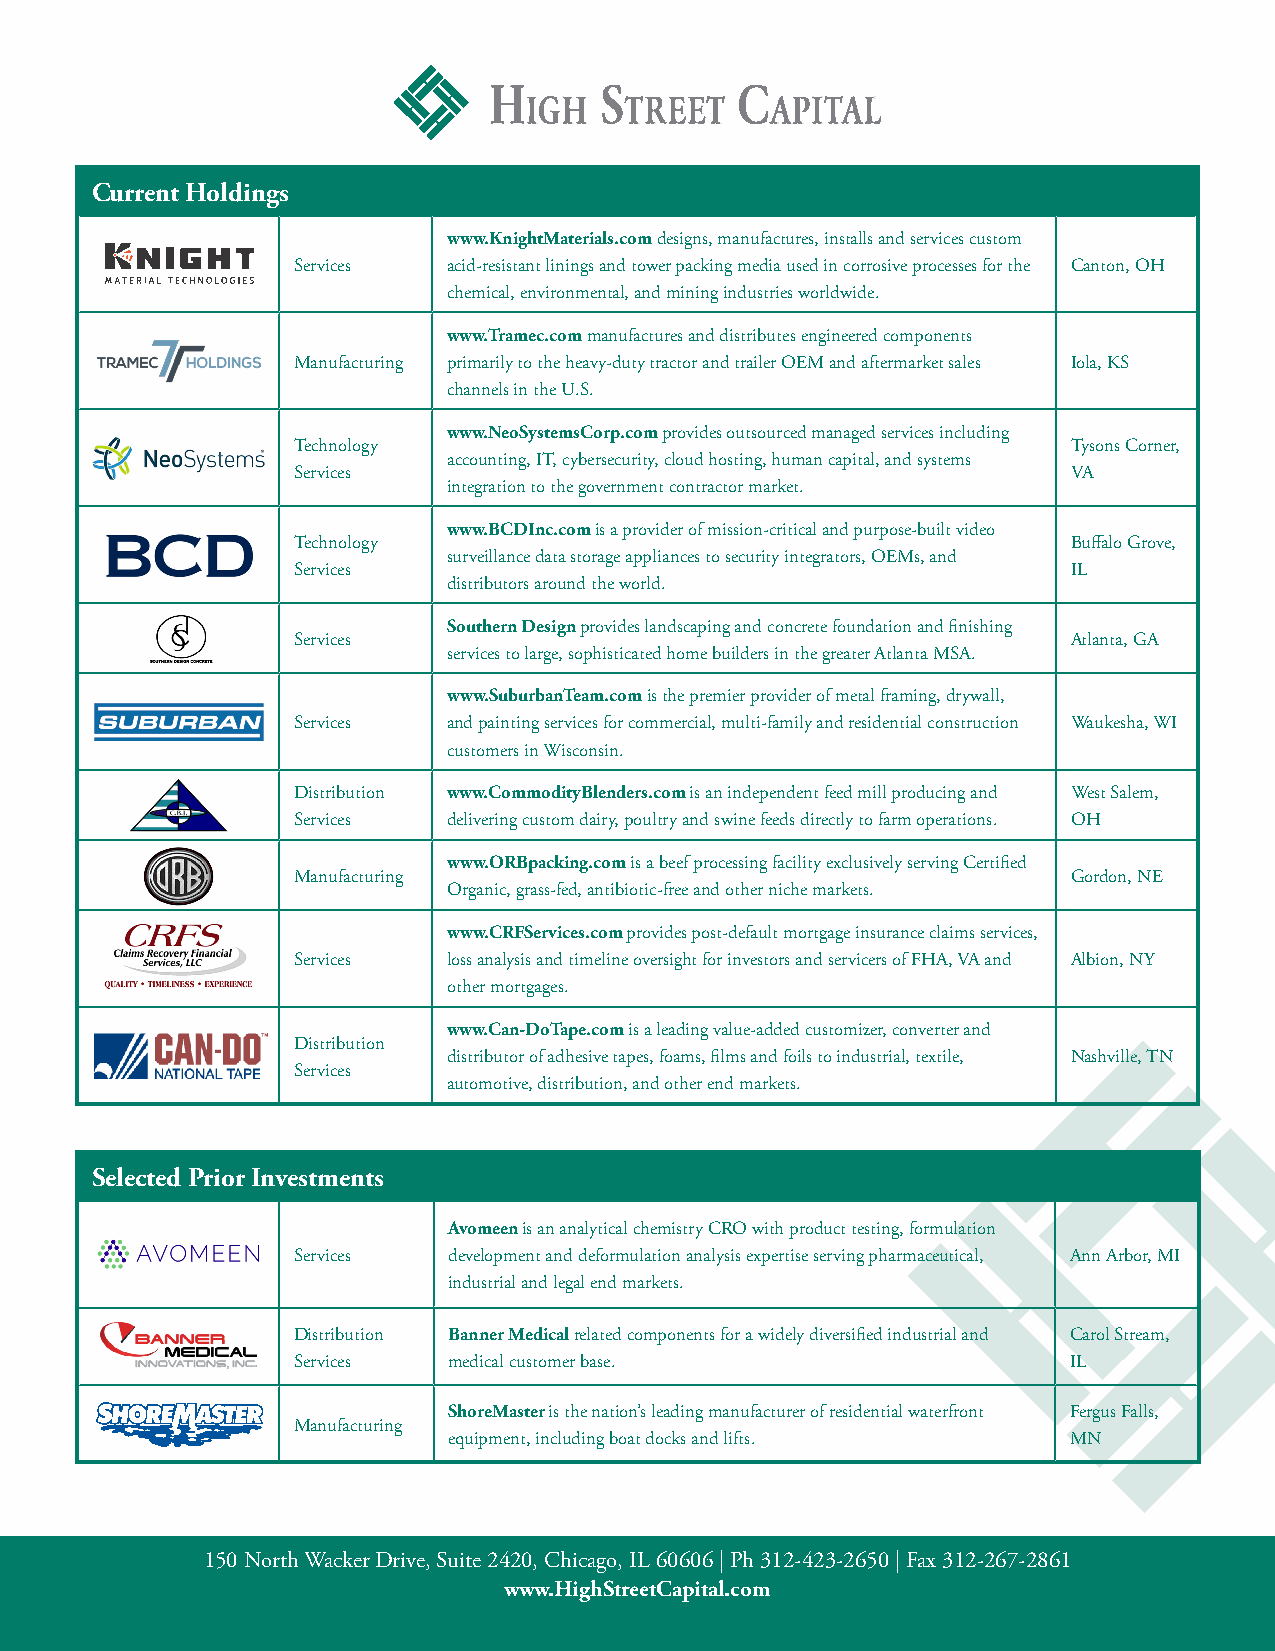
Current Holdings
 www.KnightMaterials.com designs, manufactures, installs and services custom
 Services   acid-resistant linings and tower packing media used in corrosive processes for the Canton, OH
 chemical, environmental, and mining industries worldwide.
 www.Tramec.com manufactures and distributes engineered components
 Manufacturing primarily to the heavy-duty tractor and trailer OEM and aftermarket sales Iola, KS
 channels in the U.S.
 www.NeoSystemsCorp.com provides outsourced managed services including
 Technology                                          Tysons Corner,
 accounting, IT, cybersecurity, cloud hosting, human capital, and systems
 Services                                            VA
 integration to the government contractor market.
 www.BCDInc.com is a provider of mission-critical and purpose-built video
 Technology                                          Buffalo Grove,
 surveillance data storage appliances to security integrators, OEMs, and
 Services                                            IL
 distributors around the world.
 Southern Design provides landscaping and concrete foundation and finishing
 Services                                            Atlanta, GA
 services to large, sophisticated home builders in the greater Atlanta MSA.
 www.SuburbanTeam.com is the premier provider of metal framing, drywall,
 Services   and painting services for commercial, multi-family and residential construction Waukesha, WI
 customers in Wisconsin.
 Distribution www.CommodityBlenders.com is an independent feed mill producing and West Salem,
 Services   delivering custom dairy, poultry and swine feeds directly to farm operations. OH
 www.ORBpacking.com is a beef processing facility exclusively serving Certified
 Manufacturing                                       Gordon, NE
 Organic, grass-fed, antibiotic-free and other niche markets.
 www.CRFServices.com provides post-default mortgage insurance claims services,
 Services   loss analysis and timeline oversight for investors and servicers of FHA, VA and Albion, NY
 other mortgages.
 www.Can-DoTape.com is a leading value-added customizer, converter and
 Distribution
 distributor of adhesive tapes, foams, films and foils to industrial, textile, Nashville, TN
 Services
 automotive, distribution, and other end markets.
 Selected Prior Investments
 Avomeen is an analytical chemistry CRO with product testing, formulation
 Services   development and deformulation analysis expertise serving pharmaceutical, Ann Arbor, MI
 industrial and legal end markets.
 Distribution Banner Medical related components for a widely diversified industrial and Carol Stream,
 Services   medical customer base.                   IL
 ShoreMaster is the nation’s leading manufacturer of residential waterfront Fergus Falls,
 Manufacturing
 equipment, including boat docks and lifts. MN
 150 North Wacker Drive, Suite 2420, Chicago, IL 60606 | Ph 312-423-2650 | Fax 312-267-2861
 www.HighStreetCapital.com